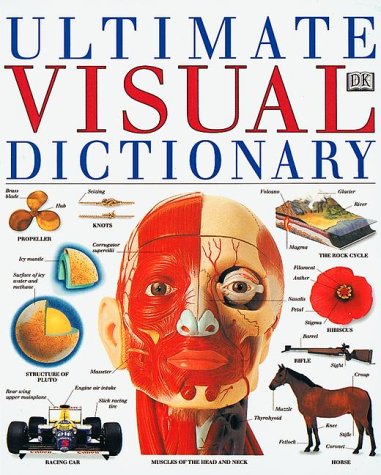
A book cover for Ultimate Visual Dictionary; DK Publishing; Reference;